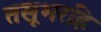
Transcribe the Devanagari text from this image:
तसूभरहि